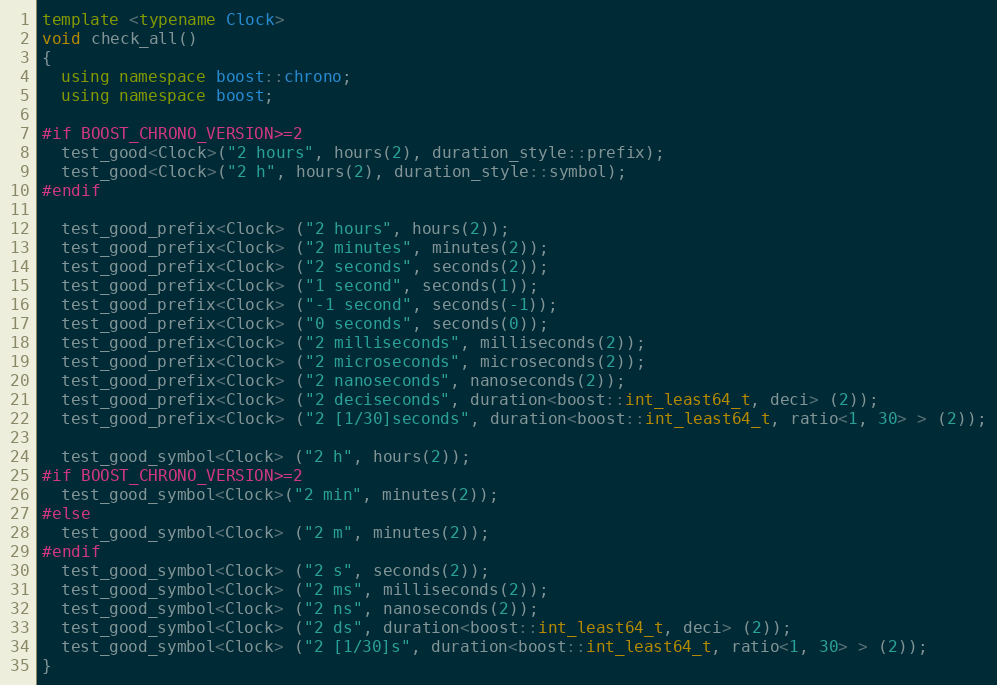
Language: C++
template <typename Clock>
void check_all()
{
  using namespace boost::chrono;
  using namespace boost;

#if BOOST_CHRONO_VERSION>=2
  test_good<Clock>("2 hours", hours(2), duration_style::prefix);
  test_good<Clock>("2 h", hours(2), duration_style::symbol);
#endif

  test_good_prefix<Clock> ("2 hours", hours(2));
  test_good_prefix<Clock> ("2 minutes", minutes(2));
  test_good_prefix<Clock> ("2 seconds", seconds(2));
  test_good_prefix<Clock> ("1 second", seconds(1));
  test_good_prefix<Clock> ("-1 second", seconds(-1));
  test_good_prefix<Clock> ("0 seconds", seconds(0));
  test_good_prefix<Clock> ("2 milliseconds", milliseconds(2));
  test_good_prefix<Clock> ("2 microseconds", microseconds(2));
  test_good_prefix<Clock> ("2 nanoseconds", nanoseconds(2));
  test_good_prefix<Clock> ("2 deciseconds", duration<boost::int_least64_t, deci> (2));
  test_good_prefix<Clock> ("2 [1/30]seconds", duration<boost::int_least64_t, ratio<1, 30> > (2));

  test_good_symbol<Clock> ("2 h", hours(2));
#if BOOST_CHRONO_VERSION>=2
  test_good_symbol<Clock>("2 min", minutes(2));
#else
  test_good_symbol<Clock> ("2 m", minutes(2));
#endif
  test_good_symbol<Clock> ("2 s", seconds(2));
  test_good_symbol<Clock> ("2 ms", milliseconds(2));
  test_good_symbol<Clock> ("2 ns", nanoseconds(2));
  test_good_symbol<Clock> ("2 ds", duration<boost::int_least64_t, deci> (2));
  test_good_symbol<Clock> ("2 [1/30]s", duration<boost::int_least64_t, ratio<1, 30> > (2));
}